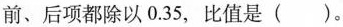
如果前、后项都除以0.35，比值是()。